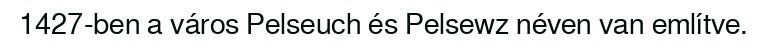
1427-ben a város Pelseuch és Pelsewz néven van említve.